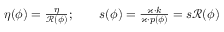
\begin{array} { r } { \eta ( \phi ) = \frac { \eta } { \mathcal { R } ( \phi ) } ; \qquad s ( \phi ) = \frac { \varkappa \cdot k } { \varkappa \cdot p ( \phi ) } = s \mathcal { R } ( \phi ) } \end{array}